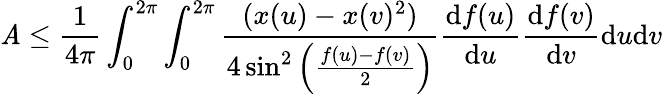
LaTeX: \mathit{A}\leq\frac{{1}}{{4\pi}}\int_{0}^{2\pi}\int_{0}^{2\pi}\frac{{(x(u)-x(v)^{2})}}{{4\sin^{2}\left(\frac{{f(u)-f(v)}}{{2}}\right)}}\frac{{\mathrm{{d}}f(u)}}{{\mathrm{{d}}u}}\frac{{\mathrm{{d}}f(v)}}{{\mathrm{{d}}v}}\mathrm{{d}}u\mathrm{{d}}v